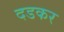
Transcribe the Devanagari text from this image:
दडकर